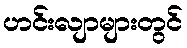
ဟင်းလျာများတွင်